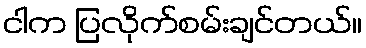
ငါက ပြလိုက်စမ်းချင်တယ်။